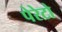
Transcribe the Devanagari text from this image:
पेरेटो